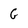
Character: G